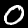
Digit: 0